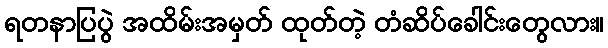
ရတနာပြပွဲ အထိမ်းအမှတ် ထုတ်တဲ့ တံဆိပ်ခေါင်းတွေလား။